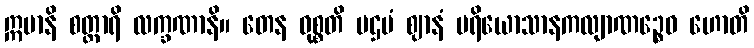
ဣမာနိ စတ္တာရိ လက္ခဏာနိ။ တေန ဝုစ္စတိ ပဌမံ ဈာနံ ပရိယောသာနကလျာဏဉ္စေဝ ဟောတိ